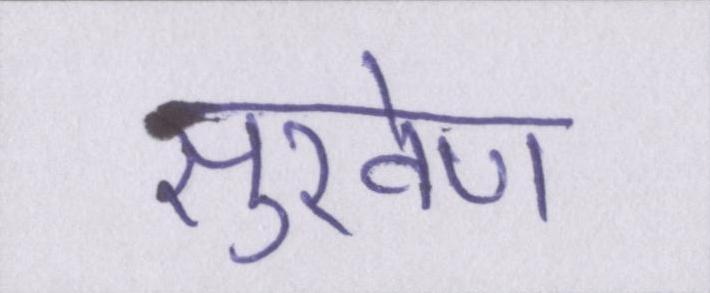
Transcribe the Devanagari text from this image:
सुखेण